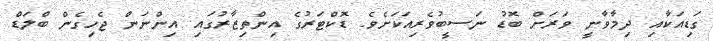
ގަޑިއަކާއި ދިމާވާނީ ވަރަށް ބޮޑު ނަސީބުވެރިއަކަށެވެ. ޑޮކްޓަރުގެ އިންތިޒާރުގައި އިންނަން ޖެހިގެން ބްލަޑް